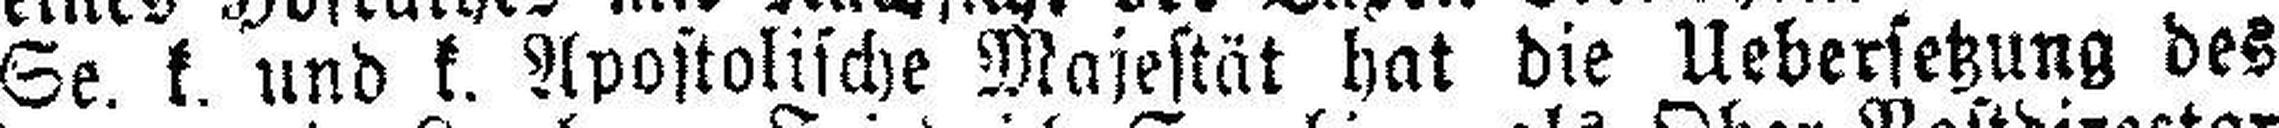
Se. k. und k. Apostolische Majestät hat die Uebersetzung des